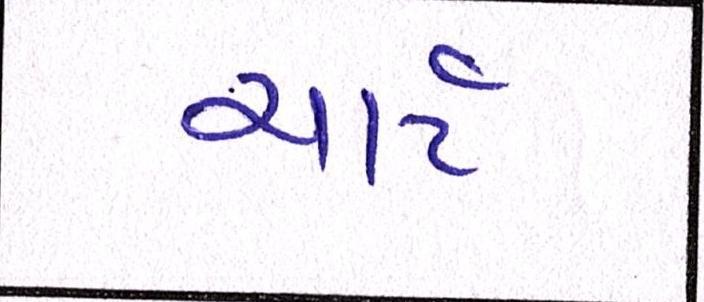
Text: ચાર્ટ